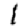
Digit: 1